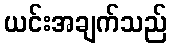
ယင်းအချက်သည်